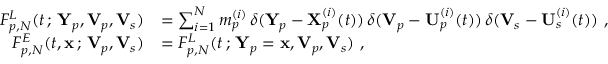
\begin{array} { r l } { F _ { p , N } ^ { L } ( t \, ; \, \mathbf { Y } _ { p } , \mathbf { V } _ { p } , \mathbf { V } _ { s } ) } & { = \sum _ { i = 1 } ^ { N } m _ { p } ^ { ( i ) } \, \delta ( \mathbf { Y } _ { p } - \mathbf { X } _ { p } ^ { ( i ) } ( t ) ) \, \delta ( \mathbf { V } _ { p } - \mathbf { U } _ { p } ^ { ( i ) } ( t ) ) \, \delta ( \mathbf { V } _ { s } - \mathbf { U } _ { s } ^ { ( i ) } ( t ) ) ~ , } \\ { F _ { p , N } ^ { E } ( t , \mathbf { x } \, ; \, \mathbf { V } _ { p } , \mathbf { V } _ { s } ) } & { = F _ { p , N } ^ { L } ( t \, ; \, \mathbf { Y } _ { p } = \mathbf { x } , \mathbf { V } _ { p } , \mathbf { V } _ { s } ) ~ , } \end{array}